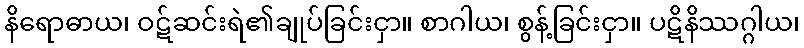
နိရောဓာယ၊ ဝဋ်ဆင်းရဲ၏ချုပ်ခြင်းငှာ။ စာဂါယ၊ စွန့်ခြင်းငှာ။ ပဋိနိဿဂ္ဂါယ၊